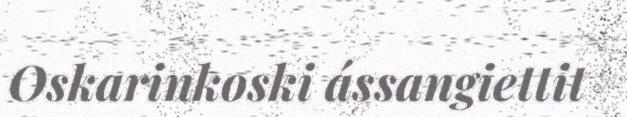
Oskarinkoski ássangiettit